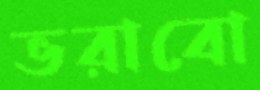
ভরাবো